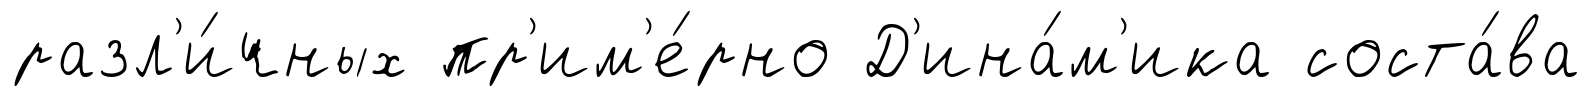
разл'и́чных пр'им'е́рно Д'ина́м'ика соста́ва